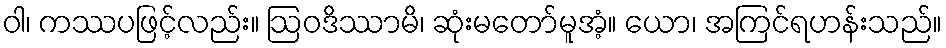
ဝါ၊ ကဿပဖြင့်လည်း။ ဩဝဒိဿာမိ၊ ဆုံးမတော်မူအံ့။ ယော၊ အကြင်ရဟန်းသည်။